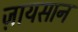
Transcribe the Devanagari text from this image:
ज़ायसान